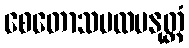
စေတောသမထမနုတ္တံ